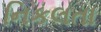
નિકલતા